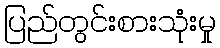
ပြည်တွင်းစားသုံးမှု